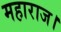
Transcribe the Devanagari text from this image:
महाराज।